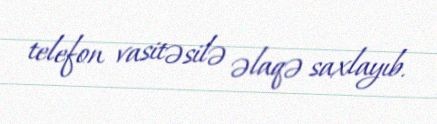
telefon vasitəsilə əlaqə saxlayıb.